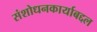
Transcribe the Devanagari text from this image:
संशोधनकार्याबद्दल